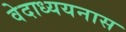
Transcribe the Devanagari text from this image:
वेदाध्ययनास